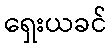
ရှေးယခင်